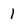
Character: 1